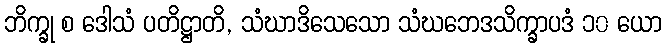
ဘိက္ခု စ ဒေါသံ ပတိဋ္ဌာတိ, သံဃာဒိသေသော သံဃဘေဒသိက္ခာပဒံ ၁၀ ယော